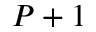
P + 1